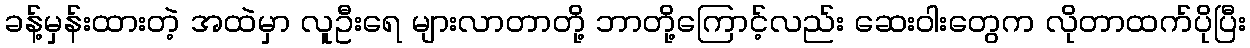
ခန့်မှန်းထားတဲ့ အထဲမှာ လူဦးရေ များလာတာတို့ ဘာတို့ကြောင့်လည်း ဆေးဝါးတွေက လိုတာထက်ပိုပြီး